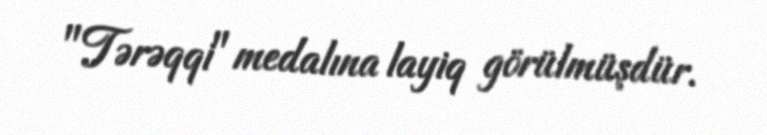
"Tərəqqi" medalına layiq görülmüşdür.